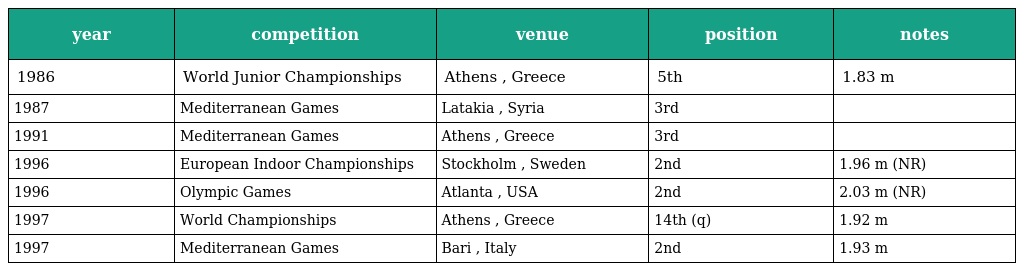
| year | competition | venue | position | notes |
 | --- | --- | --- | --- | --- |
 | 1986 | World Junior Championships | Athens , Greece | 5th | 1.83 m |
 | 1987 | Mediterranean Games | Latakia , Syria | 3rd |  |
 | 1991 | Mediterranean Games | Athens , Greece | 3rd |  |
 | 1996 | European Indoor Championships | Stockholm , Sweden | 2nd | 1.96 m (NR) |
 | 1996 | Olympic Games | Atlanta , USA | 2nd | 2.03 m (NR) |
 | 1997 | World Championships | Athens , Greece | 14th (q) | 1.92 m |
 | 1997 | Mediterranean Games | Bari , Italy | 2nd | 1.93 m |